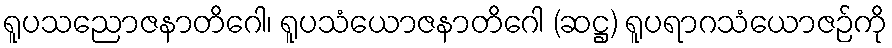
ရူပသညောဇနာတိဂေါ၊ ရူပသံယောဇနာတိဂေါ (ဆဋ္ဌ) ရူပရာဂသံယောဇဉ်ကို